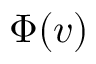
\Phi ( v )